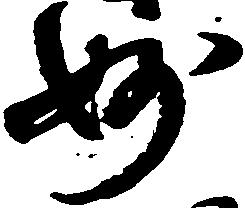
妙